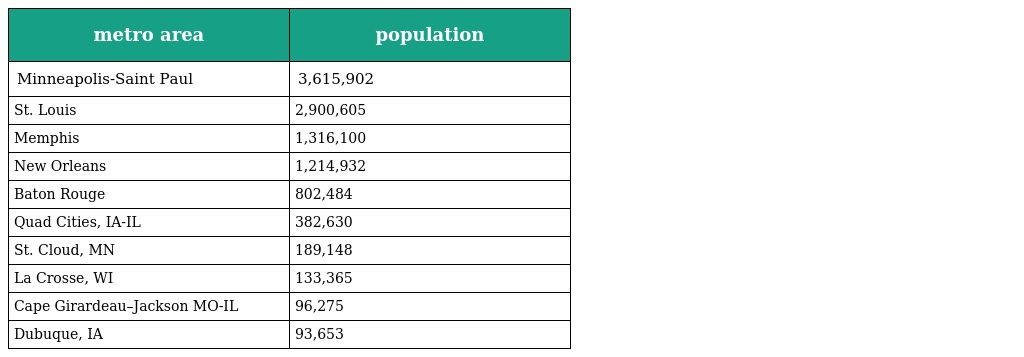
| metro area | population |
 | --- | --- |
 | Minneapolis-Saint Paul | 3,615,902 |
 | St. Louis | 2,900,605 |
 | Memphis | 1,316,100 |
 | New Orleans | 1,214,932 |
 | Baton Rouge | 802,484 |
 | Quad Cities, IA-IL | 382,630 |
 | St. Cloud, MN | 189,148 |
 | La Crosse, WI | 133,365 |
 | Cape Girardeau–Jackson MO-IL | 96,275 |
 | Dubuque, IA | 93,653 |